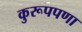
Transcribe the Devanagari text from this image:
कुरूपपणा